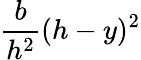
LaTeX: {\frac{b}{h^{2}}}(h-y)^{2}